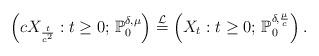
LaTeX: \begin{align*}\left(cX_\frac{t}{c^2}:t\geq 0;\,\mathbb{P}_0^{\delta,\mu}\right)\stackrel{\mathcal{L}}{=}\left(X_t:t\geq 0;\,\mathbb{P}_0^{\delta,\frac{\mu}{c}}\right).\end{align*}